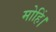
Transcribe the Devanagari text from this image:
मोहिं।